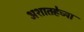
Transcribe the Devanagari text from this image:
अशातर्‍हेच्या